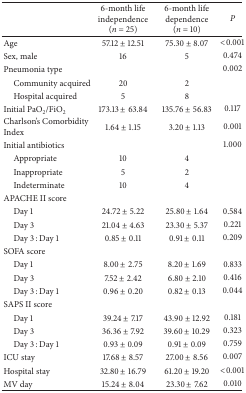
<table><thead><tr><td><b> </b></td><td><b>6-month life independence (<i>n</i> = 25)</b></td><td><b>6-month life dependence (<i>n</i> = 10)</b></td><td><b><i>P </i></b></td></tr></thead><tbody><tr><td>Age</td><td>57.12 ± 12.51</td><td>75.30 ± 8.07</td><td>&lt;0.001</td></tr><tr><td>Sex, male </td><td>16</td><td>5</td><td>0.474</td></tr><tr><td>Pneumonia type</td><td> </td><td> </td><td>0.002</td></tr><tr><td> Community acquired </td><td>20</td><td>2</td><td> </td></tr><tr><td> Hospital acquired </td><td>5</td><td>8</td><td> </td></tr><tr><td>Initial PaO<sub>2</sub>/FiO<sub>2</sub></td><td>173.13 ± 63.84</td><td>135.76 ± 56.83</td><td>0.117</td></tr><tr><td>Charlson&#x27;s Comorbidity Index </td><td>1.64 ± 1.15</td><td>3.20 ± 1.13</td><td>0.001</td></tr><tr><td>Initial antibiotics </td><td> </td><td> </td><td>1.000</td></tr><tr><td> Appropriate </td><td>10</td><td>4</td><td> </td></tr><tr><td> Inappropriate</td><td>5</td><td>2</td><td> </td></tr><tr><td> Indeterminate</td><td>10</td><td>4</td><td> </td></tr><tr><td>APACHE II score </td><td> </td><td> </td><td> </td></tr><tr><td> Day 1</td><td>24.72 ± 5.22</td><td>25.80 ± 1.64</td><td>0.584</td></tr><tr><td> Day 3</td><td>21.04 ± 4.63</td><td>23.30 ± 5.37</td><td>0.221</td></tr><tr><td> Day 3 : Day 1</td><td>0.85 ± 0.11</td><td>0.91 ± 0.11</td><td>0.209</td></tr><tr><td>SOFA score</td><td> </td><td> </td><td> </td></tr><tr><td> Day 1</td><td>8.00 ± 2.75</td><td>8.20 ± 1.69</td><td>0.833</td></tr><tr><td> Day 3</td><td>7.52 ± 2.42</td><td>6.80 ± 2.10</td><td>0.416</td></tr><tr><td> Day 3 : Day 1</td><td>0.96 ± 0.20</td><td>0.82 ± 0.13</td><td>0.044</td></tr><tr><td>SAPS II score</td><td> </td><td> </td><td> </td></tr><tr><td> Day 1</td><td>39.24 ± 7.17</td><td>43.90 ± 12.92</td><td>0.181</td></tr><tr><td> Day 3</td><td>36.36 ± 7.92</td><td>39.60 ± 10.29</td><td>0.323</td></tr><tr><td> Day 3 : Day 1</td><td>0.93 ± 0.09</td><td>0.91 ± 0.09</td><td>0.759</td></tr><tr><td>ICU stay</td><td>17.68 ± 8.57</td><td>27.00 ± 8.56</td><td>0.007</td></tr><tr><td>Hospital stay </td><td>32.80 ± 16.79</td><td>61.20 ± 19.20</td><td>&lt;0.001</td></tr><tr><td>MV day</td><td>15.24 ± 8.04</td><td>23.30 ± 7.62</td><td>0.010</td></tr></tbody></table>